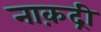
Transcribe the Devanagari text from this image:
नाक़द्री